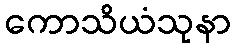
ကောသိယံသုနာ